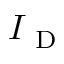
I _ { \mathrm { ~ D ~ } }